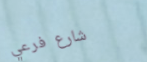
شارع فرعي